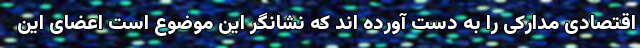
اقتصادی مدارکی را به دست آورده اند که نشانگر این موضوع است اعضای این